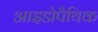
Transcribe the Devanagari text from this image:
आइडोपैथिक